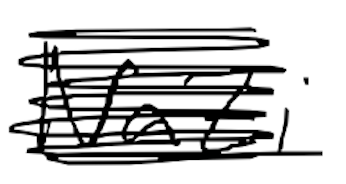
Text: Nazi
Cross-out: mix
Writing tool: digital_black